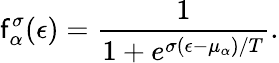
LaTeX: \mathsf{f}_{\alpha}^{\sigma}(\epsilon)=\frac{{1}}{{1+e^{\sigma(\epsilon-\mu_{\alpha})/T}}}.